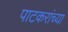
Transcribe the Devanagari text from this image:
पाटकरांच्या